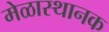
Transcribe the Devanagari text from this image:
मेळास्थानक